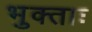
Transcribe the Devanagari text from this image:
भुक्ताः